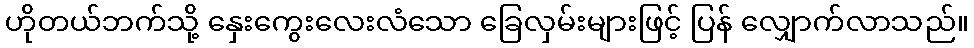
ဟိုတယ်ဘက်သို့ နှေးကွေးလေးလံသော ခြေလှမ်းများဖြင့် ပြန် လျှောက်လာသည်။